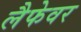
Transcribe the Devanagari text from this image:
लैफेवर